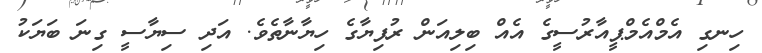
ހިނގި އެމްއެމްޕީއާރުސީގެ އެއް ބިލިއަން ރުފިޔާގެ ހިޔާނާތެވެ. އަދި ސިޔާސީ ގިނަ ބަޔަކު